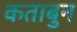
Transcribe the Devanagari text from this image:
कताबुन